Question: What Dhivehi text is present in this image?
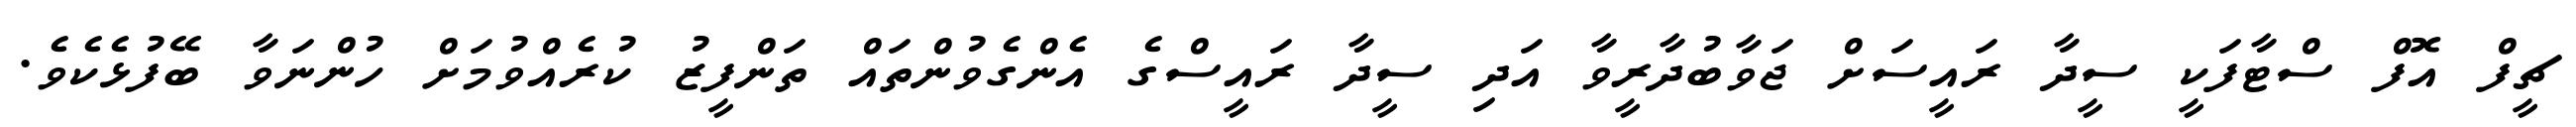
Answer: ޗީފް އޮފް ސްޓާފަކީ ސީދާ ރައީސަށް ޖަވާބުދާރީވާ އަދި ސީދާ ރައީސްގެ އެންގެވުންތައް ތަންފީޒު ކުރެއްވުމަށް ހުންނަވާ ބޭފުޅެކެވެ.